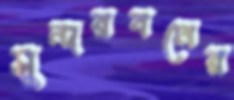
সুন্দরবনের